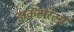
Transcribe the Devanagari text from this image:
डाकटोरेट्स